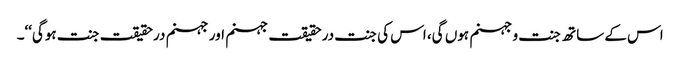
اس کے ساتھ جنت و جہنم ہوں گی، اس کی جنت درحقیقت جہنم اور جہنم درحقیقت جنت ہوگی‘‘۔